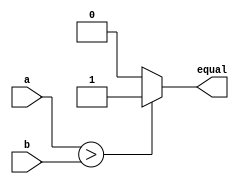
module compare_8bit(equal,a,b);
  input[7:0] a,b;
  output equal;
  assign equal=(a>b)?1:0;
 endmodule